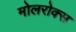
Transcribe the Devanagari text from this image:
मोलरोक्स